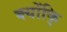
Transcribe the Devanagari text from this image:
क्योंकि्